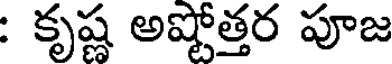
: కృష్ణ అష్టోత్తర పూజ